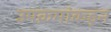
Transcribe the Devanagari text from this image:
उपक्रमांकडून